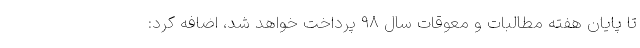
تا پایان هفته مطالبات و معوقات سال ۹۸ پرداخت خواهد شد، اضافه کرد: